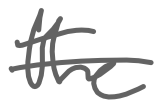
Text: the
Cross-out: single-line
Writing tool: digital_gray